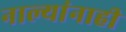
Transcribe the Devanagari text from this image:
नाल्यांनाही